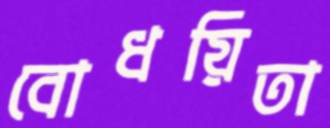
বোধয়িতা